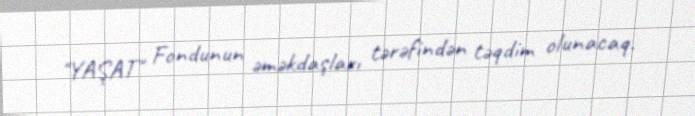
"YAŞAT" Fondunun əməkdaşları tərəfindən təqdim olunacaq.